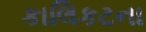
કાલિકટના